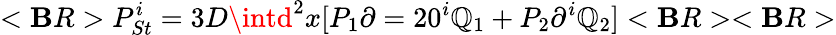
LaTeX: <\mathbf{B}R>P_{St}^{i}=3D\intd^{2}x[P_{1}\partial=20^{i}\mathbb{Q}_{1}+P_{2}\partial^{i}\mathbb{Q}_{2}]<\mathbf{B}R><\mathbf{B}R>